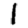
Digit: 1